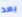
بعد